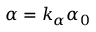
\alpha = k _ { \alpha } \alpha _ { 0 }